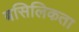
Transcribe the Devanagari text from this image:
बसिलिकता